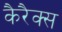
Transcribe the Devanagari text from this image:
कैरैक्स